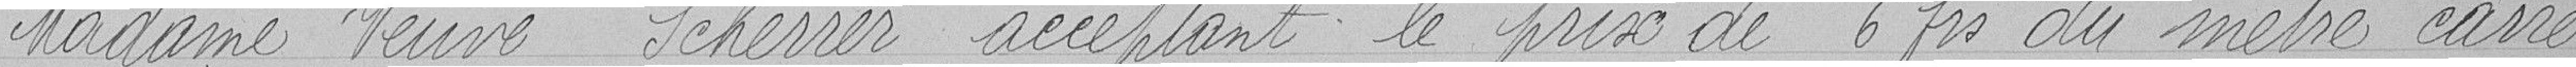
Madame Veuve Scherrer acceptant le prix de 6 francs du mètre carré,